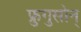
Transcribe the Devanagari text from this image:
फ्रुगुसोन्